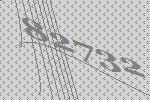
82732